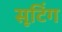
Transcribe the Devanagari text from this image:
सूटिंग